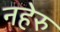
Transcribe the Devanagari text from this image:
नहेरु